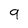
Character: 9